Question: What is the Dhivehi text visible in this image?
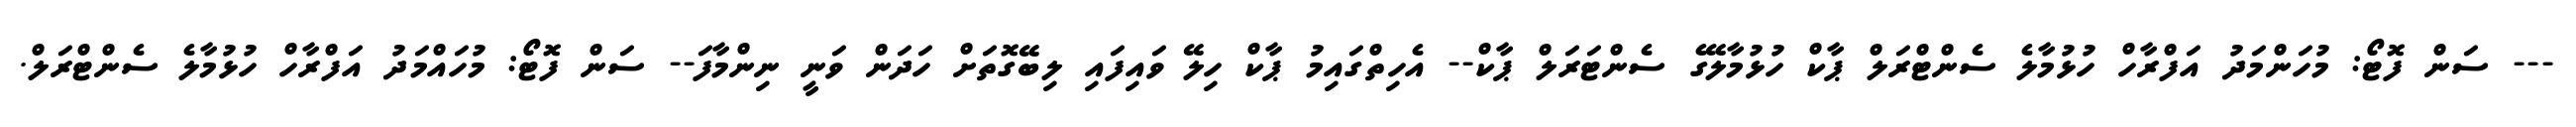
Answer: --- ސަން ފޮޓޯ: މުހަންމަދު އަފްރާހް ހުޅުމާލެ ސެންޓްރަލް ޕާކް ހުޅުމާލޭގެ ސެންޓަރަލް ޕާކް-- އެހިތްގައިމު ޕާކް ހިލޭ ވައިފައި ލިބޭގޮތަށް ހަދަން ވަނީ ނިންމާފަ-- ސަން ފޮޓޯ: މުހައްމަދު އަފްރާހް ހުޅުމާލެ ސެންޓްރަލް.